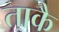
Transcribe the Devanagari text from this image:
ताकै